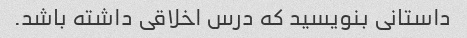
داستانی بنویسید که درس اخلاقی داشته باشد.